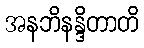
အနဘိနန္ဒိတာတိ